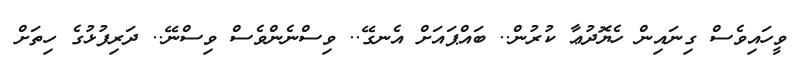
ވީހައިވެސް ގިނައިން ހެޔޮދުޢާ ކުރުން.. ބައްޕައަށް އެނގޭ.. ވިސްނެންވެސް ވިސްނޭ.. ދަރިފުޅުގެ ހިތަށް